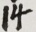
1 4